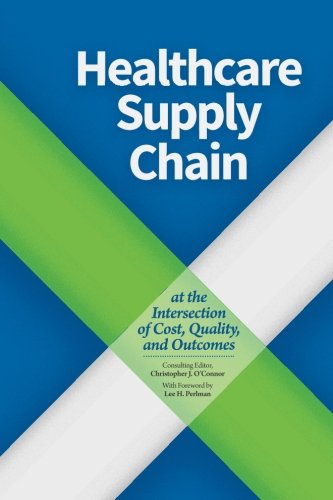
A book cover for Healthcare Supply Chain: At the Intersection of Cost, Quality, and Outcomes; Christopher J. O'Connor; Business & Money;